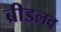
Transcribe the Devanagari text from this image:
ब्रीडलव